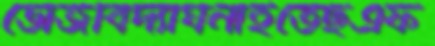
ভোজবিদ্যাঘনাইতেছএফ